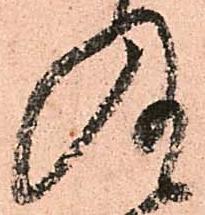
及